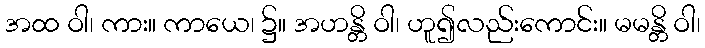
အထ ဝါ၊ ကား။ ကာယေ၊ ၌။ အဟန္တိ ဝါ၊ ဟူ၍လည်းကောင်း။ မမန္တိ ဝါ၊